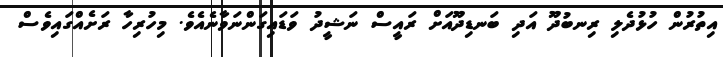
އިތުރުން ހުޅުދެލި ރިނބުދޫ އަދި ބަނޑިދޫއަށް ރައީސް ނަޝީދު ވަޑައިގަންނަވާނެއެވެ. މިހުރިހާ ރަށެއްގައިވެސް